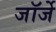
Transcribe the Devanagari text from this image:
जॉर्जे